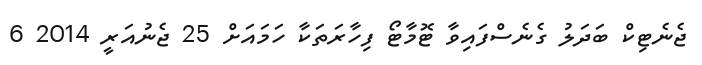
ޖެނެޓިކް ބަދަލު ގެނެސްފައިވާ ޓޮމާޓޯ ފިހާރަތަކާ ހަމައަށް 25 ޖެނުއަރީ 2014 6